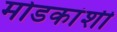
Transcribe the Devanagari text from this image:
मोडकांशी